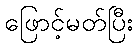
ဖြောင့်မတ်ပြီး